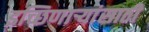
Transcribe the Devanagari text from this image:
इच्छिणाऱ्यांसाठी